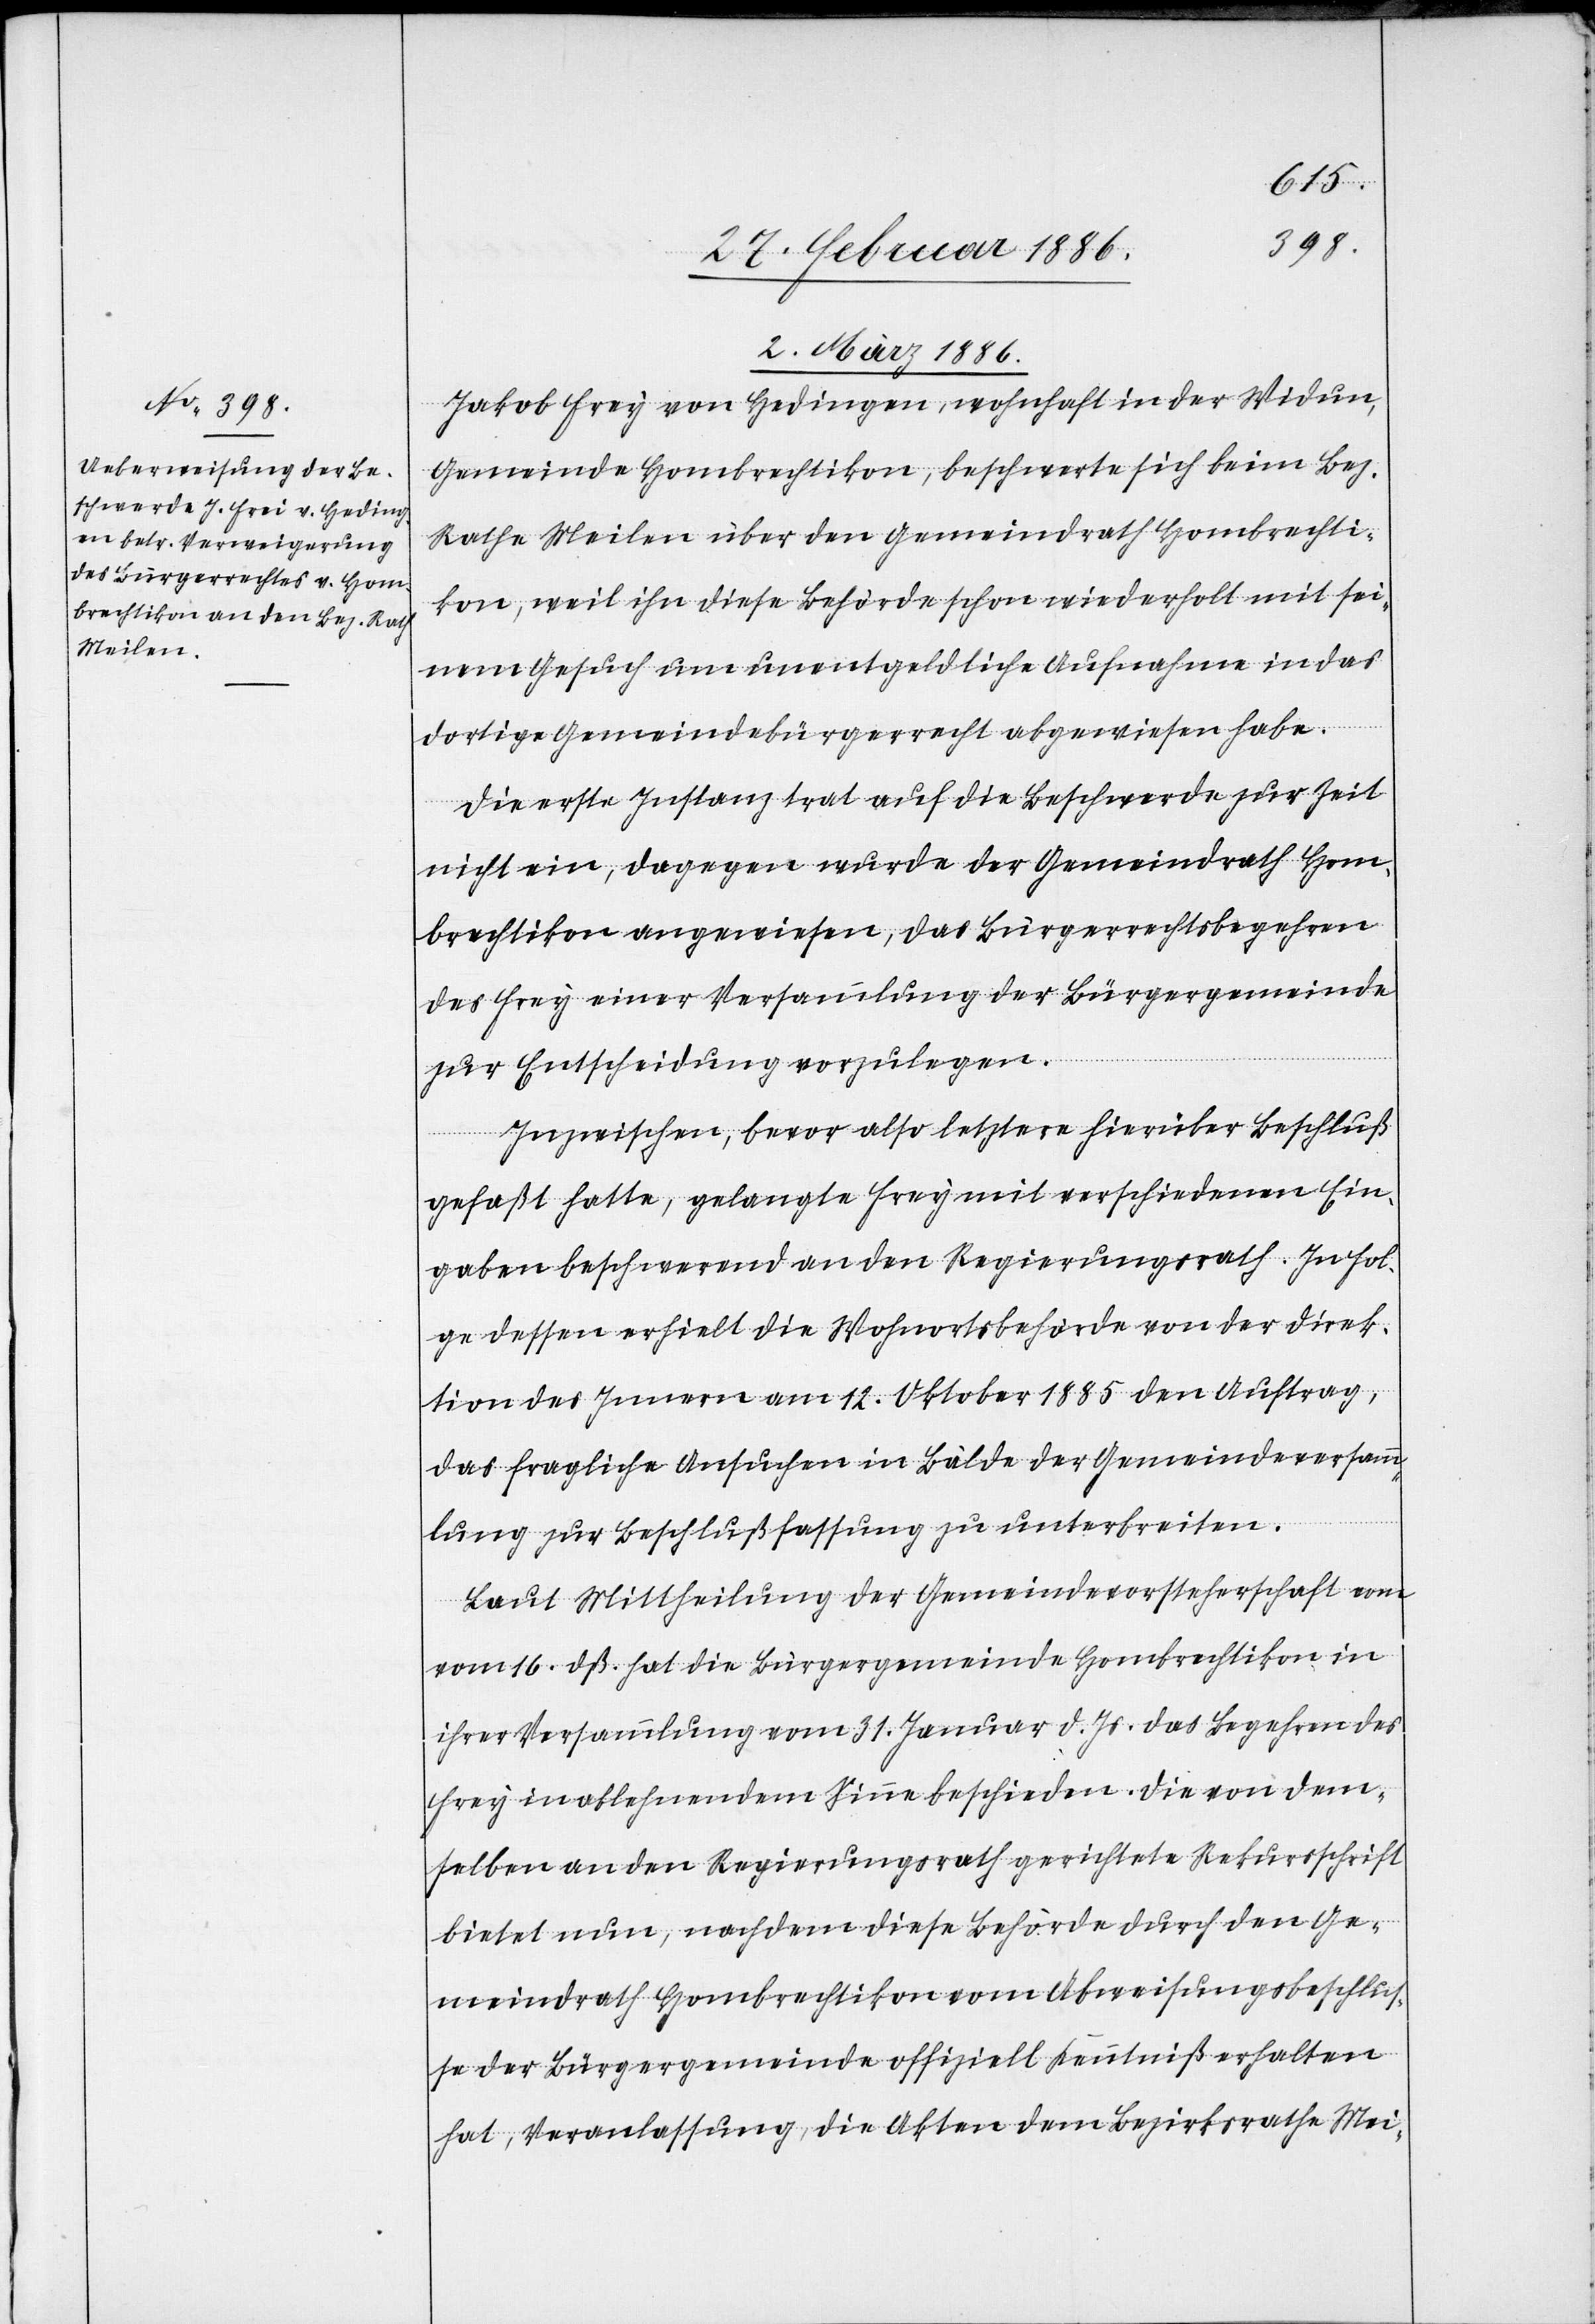
2. März 1886.
Jakob Frey [sic!] von Hedingen, wohnhaft in der Widum,
Gemeinde Hombrechtikon, beschwerte sich beim Bez.
Rath Meilen über den Gemeindrath Hombrechti¬
kon, weil ihn diese Behörde schon wiederholt mit sei¬
nem Gesuch um unentgeltliche Aufnahme in das
dortige Gemeindebürgerrecht abgewiesen habe.
Die erste Instanz trat auf die Beschwerde zur Zeit
nicht ein, dagegen wurde der Gemeindrath Hom¬
brechtikon angewiesen, das Bürgerrechtsbegehren
des Frey einer Verhandlung der Bürgergemeinde
zur Entscheidung vorzulegen.
Inzwischen, bevor also letztere hierüber Beschluß
gefaßt hatte, gelangte Frey mit verschiedenen Ein¬
gaben beschwerend an den Regierungsrath. In Fol¬
ge dessen erhielt die Wohnortsbehörde von der Direk¬
tion des Innern am 12. Oktober 1885 den Auftrag,
das fragliche Ansuchen in Bälde der Gemeindeversamm¬
lung zur Beschlußfassung zu unterbreiten.
Laut Mittheilung der Gemeindevorsteherschaft vom
16. dß. hat die Bürgergemeinde Hombrechtikon in
ihrer Versammlung vom 31. Januar d. Js. das Begehren des
Frey in ablehnendem Sinne beschieden. Die von dem¬
selben an den Regierungsrath gerichtete Rekursschrift
bittet nun, nachdem diese Behörde durch den Ge¬
meindrath Hombrechtikon vom Abweisungsbeschlus¬
se der Bürgergemeinde offiziell Kenntniß erhalten
hat, Veranlassung, die Akten dem Bezirksrathe Mei-